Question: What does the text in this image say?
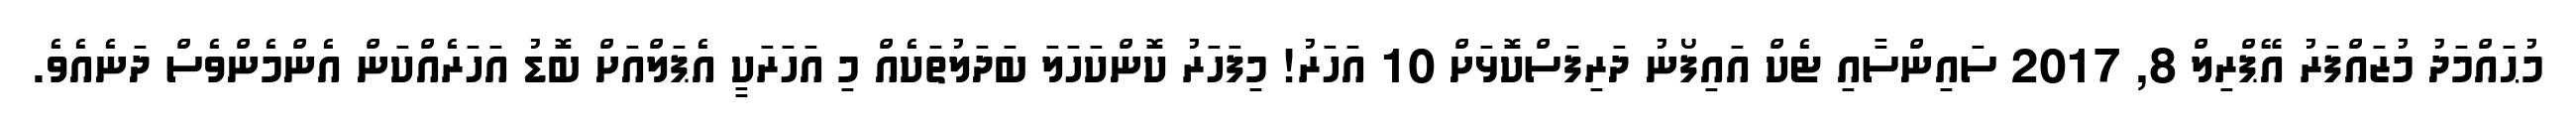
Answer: މުޙައްމަދު މުޒައްފަރު އޭޕްރިލް 8, 2017 ސައިންސާއި ޓެކް އައިފޯނު ދަރިފަސްކޮޅަށް 10 އަހަރު! މިފަހަރު ކޮންކަހަލަ ބަދަލުތަކެއް މި އަހަރަކީ އެޕަލްއަށް ބޮޑު އަހަރެއްކަން އެންމެންވެސް ދަނެއެވެ.